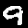
Label: 9